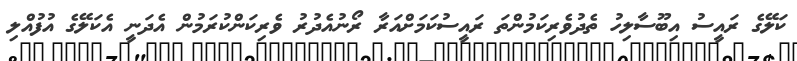
ކަލޭގެ ރައީސު އިބޫސާލިހު ތެދުވެރިކަމުންތަ ރައީސުކަމަށްއަރާ ރޯނުއެދުރު ވެރިކަންކުރަމުން އެދަނީ އެކަލޭގެ އުފުއްލި